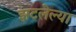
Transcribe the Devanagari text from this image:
झटलेल्या